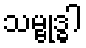
သမ္ဗုဒ္ဓါ